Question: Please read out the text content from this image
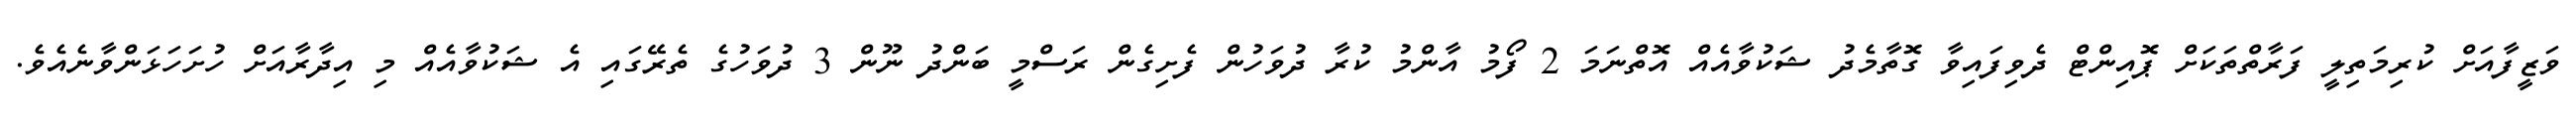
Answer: ވަޒީފާއަށް ކުރިމަތިލީ ފަރާތްތަކަށް ޕޮއިންޓް ދެވިފައިވާ ގޮތާމެދު ޝަކުވާއެއް އޮތްނަމަ 2 ފޯމު އާންމު ކުރާ ދުވަހުން ފެށިގެން ރަސްމީ ބަންދު ނޫން 3 ދުވަހުގެ ތެރޭގައި އެ ޝަކުވާއެއް މި އިދާރާއަށް ހުށަހަޅަންވާނެއެވެ.